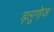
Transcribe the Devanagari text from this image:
ड्लुगोज़